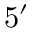
5 ^ { \prime }